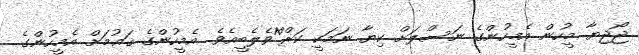
ޖޯޖިޔާ މީހުން އެމީހުންގެ ނަސްލަށް ކިޔާ ނަމަކީ ކަރް^ްވެލެބީއެވެ. އެމީހުންގެ ޤައުމަށް އެމީހުންގެ